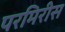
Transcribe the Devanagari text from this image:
परमिरीस